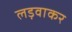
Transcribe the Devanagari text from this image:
लड़वाकर